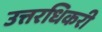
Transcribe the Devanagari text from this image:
उत्तरधिकरी